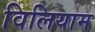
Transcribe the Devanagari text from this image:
विलियाम